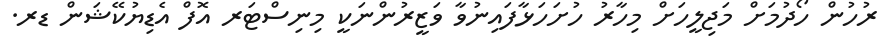
ރުހުން ހޯދުމަށް މަޖިލީހަށް މިހާރު ހުށަހަޅާފައިނުވާ ވަޒީރުންނަކީ މިނިސްޓަރ އޮފް އެޑިޔުކޭޝަން ޑރ.